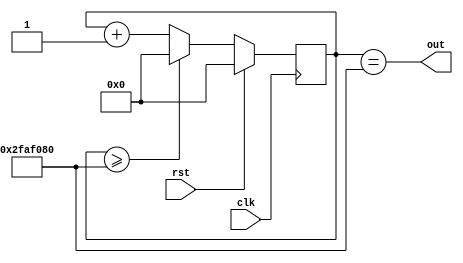
module clock_divider #(parameter divisor = 32'd50000000)(
    input clk, 
    input rst, 
    output out
  );
  
  reg[31:0] counter = 32'd0;
  
  always @(posedge clk) begin
    counter <= counter + 32'd1;
    if (rst) begin
      counter <= 32'd0;
    end else begin
      if (counter>=divisor)
        counter <= 32'd0;
    end
  end
  assign out = (counter==divisor);
endmodule